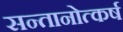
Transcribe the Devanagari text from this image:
सन्तानोत्कर्ष